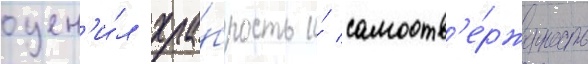
оцен'и́л хра́брость и́ самоотв'е́рженность